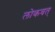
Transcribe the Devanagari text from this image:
लोकवत्